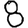
Digit: 8